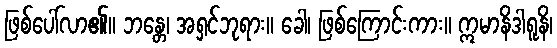
ဖြစ်ပေါ်လာ၏။ ဘန္တေ၊ အရှင်ဘုရား။ ခေါ၊ ဖြစ်ကြောင်းကား။ ဣမာနိဒါရူနိ၊